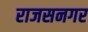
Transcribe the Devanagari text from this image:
राजसनगर